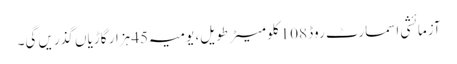
آزمائشی اسمارٹ روڈ 108 کلو میٹر طویل، یومیہ 45 ہزار گاڑیاں گذریں گی۔